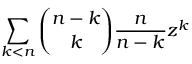
\sum _ { k < n } { \binom { n - k } { k } } { \frac { n } { n - k } } z ^ { k }